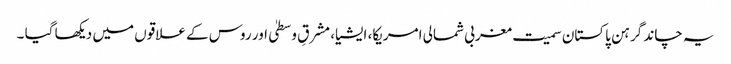
یہ چاند گرہن پاکستان سمیت مغربی شمالی امریکا، ایشیا، مشرقِ وسطیٰ اور روس کے علاقوں میں دیکھا گیا ۔